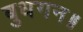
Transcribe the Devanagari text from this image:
बुधगन॥